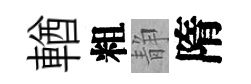
輶粗静隋